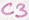
Text: C3